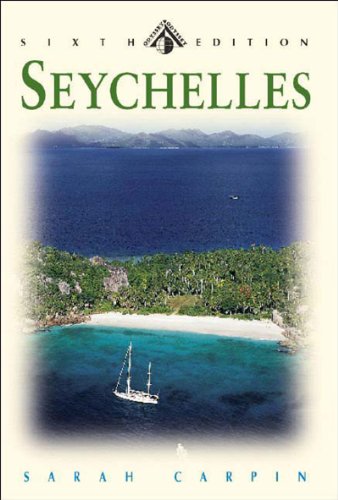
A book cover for Seychelles: Garden Of Eden In The Indian Ocean (Odyssey Guides); Sarah Carpin; Travel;